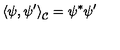
\left\langle \psi , \psi ^ { \prime } \right\rangle _ { \mathcal { C } } = \psi ^ { * } \psi ^ { \prime }